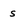
Character: s